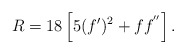
\begin{align*}R= 18\left [5 (f')^2 + f f^{''}\right ].\end{align*}